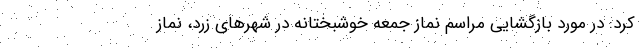
کرد: در مورد بازگشایی مراسم نماز جمعه خوشبختانه در شهرهای زرد، نماز